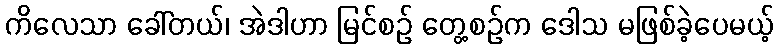
ကိလေသာ ခေါ်တယ်၊ အဲဒါဟာ မြင်စဉ် တွေ့စဉ်က ဒေါသ မဖြစ်ခဲ့ပေမယ့်